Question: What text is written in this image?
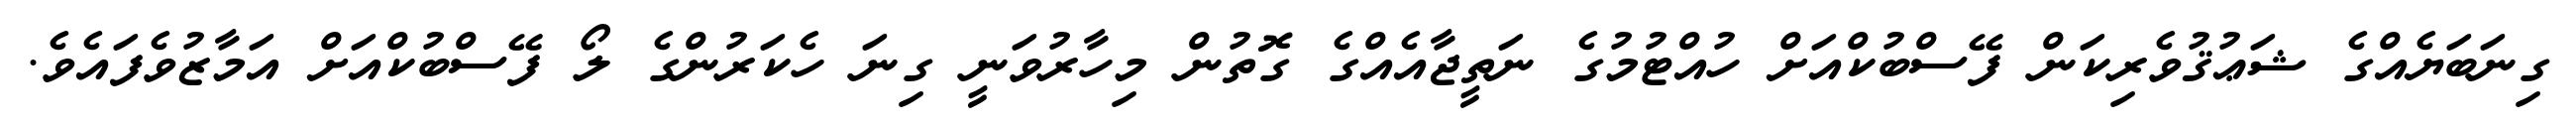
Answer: ގިނަބަޔެއްގެ ޝަޢުޤުވެރިކަން ފޭސްބުކްއަށް ހުއްޓުމުގެ ނަތީޖާއެއްގެ ގޮތުން މިހާރުވަނީ ގިނަ ހެކަރުންގެ ލޯ ފޭސްބުކްއަށް އަމާޒުވެފައެވެ.